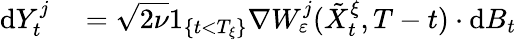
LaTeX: \begin{array}{rl}{\textrm{d}Y_{t}^{j}}&{{}=\sqrt{2\nu}1_{\left\{ t<T_{\xi}\right\} }\nabla W_{\varepsilon}^{j}(\tilde{X}_{t}^{\xi},T-t)\cdot\textrm{d}B_{t}}\end{array}